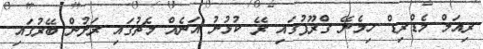
ރިއަލް މެޑްރިޑް ހިމެނޭ ގްރޫޕުގައި ރޭ ކުޅުނު އަނެއް މެޗުގައި ރަށުން ބޭރުގައި